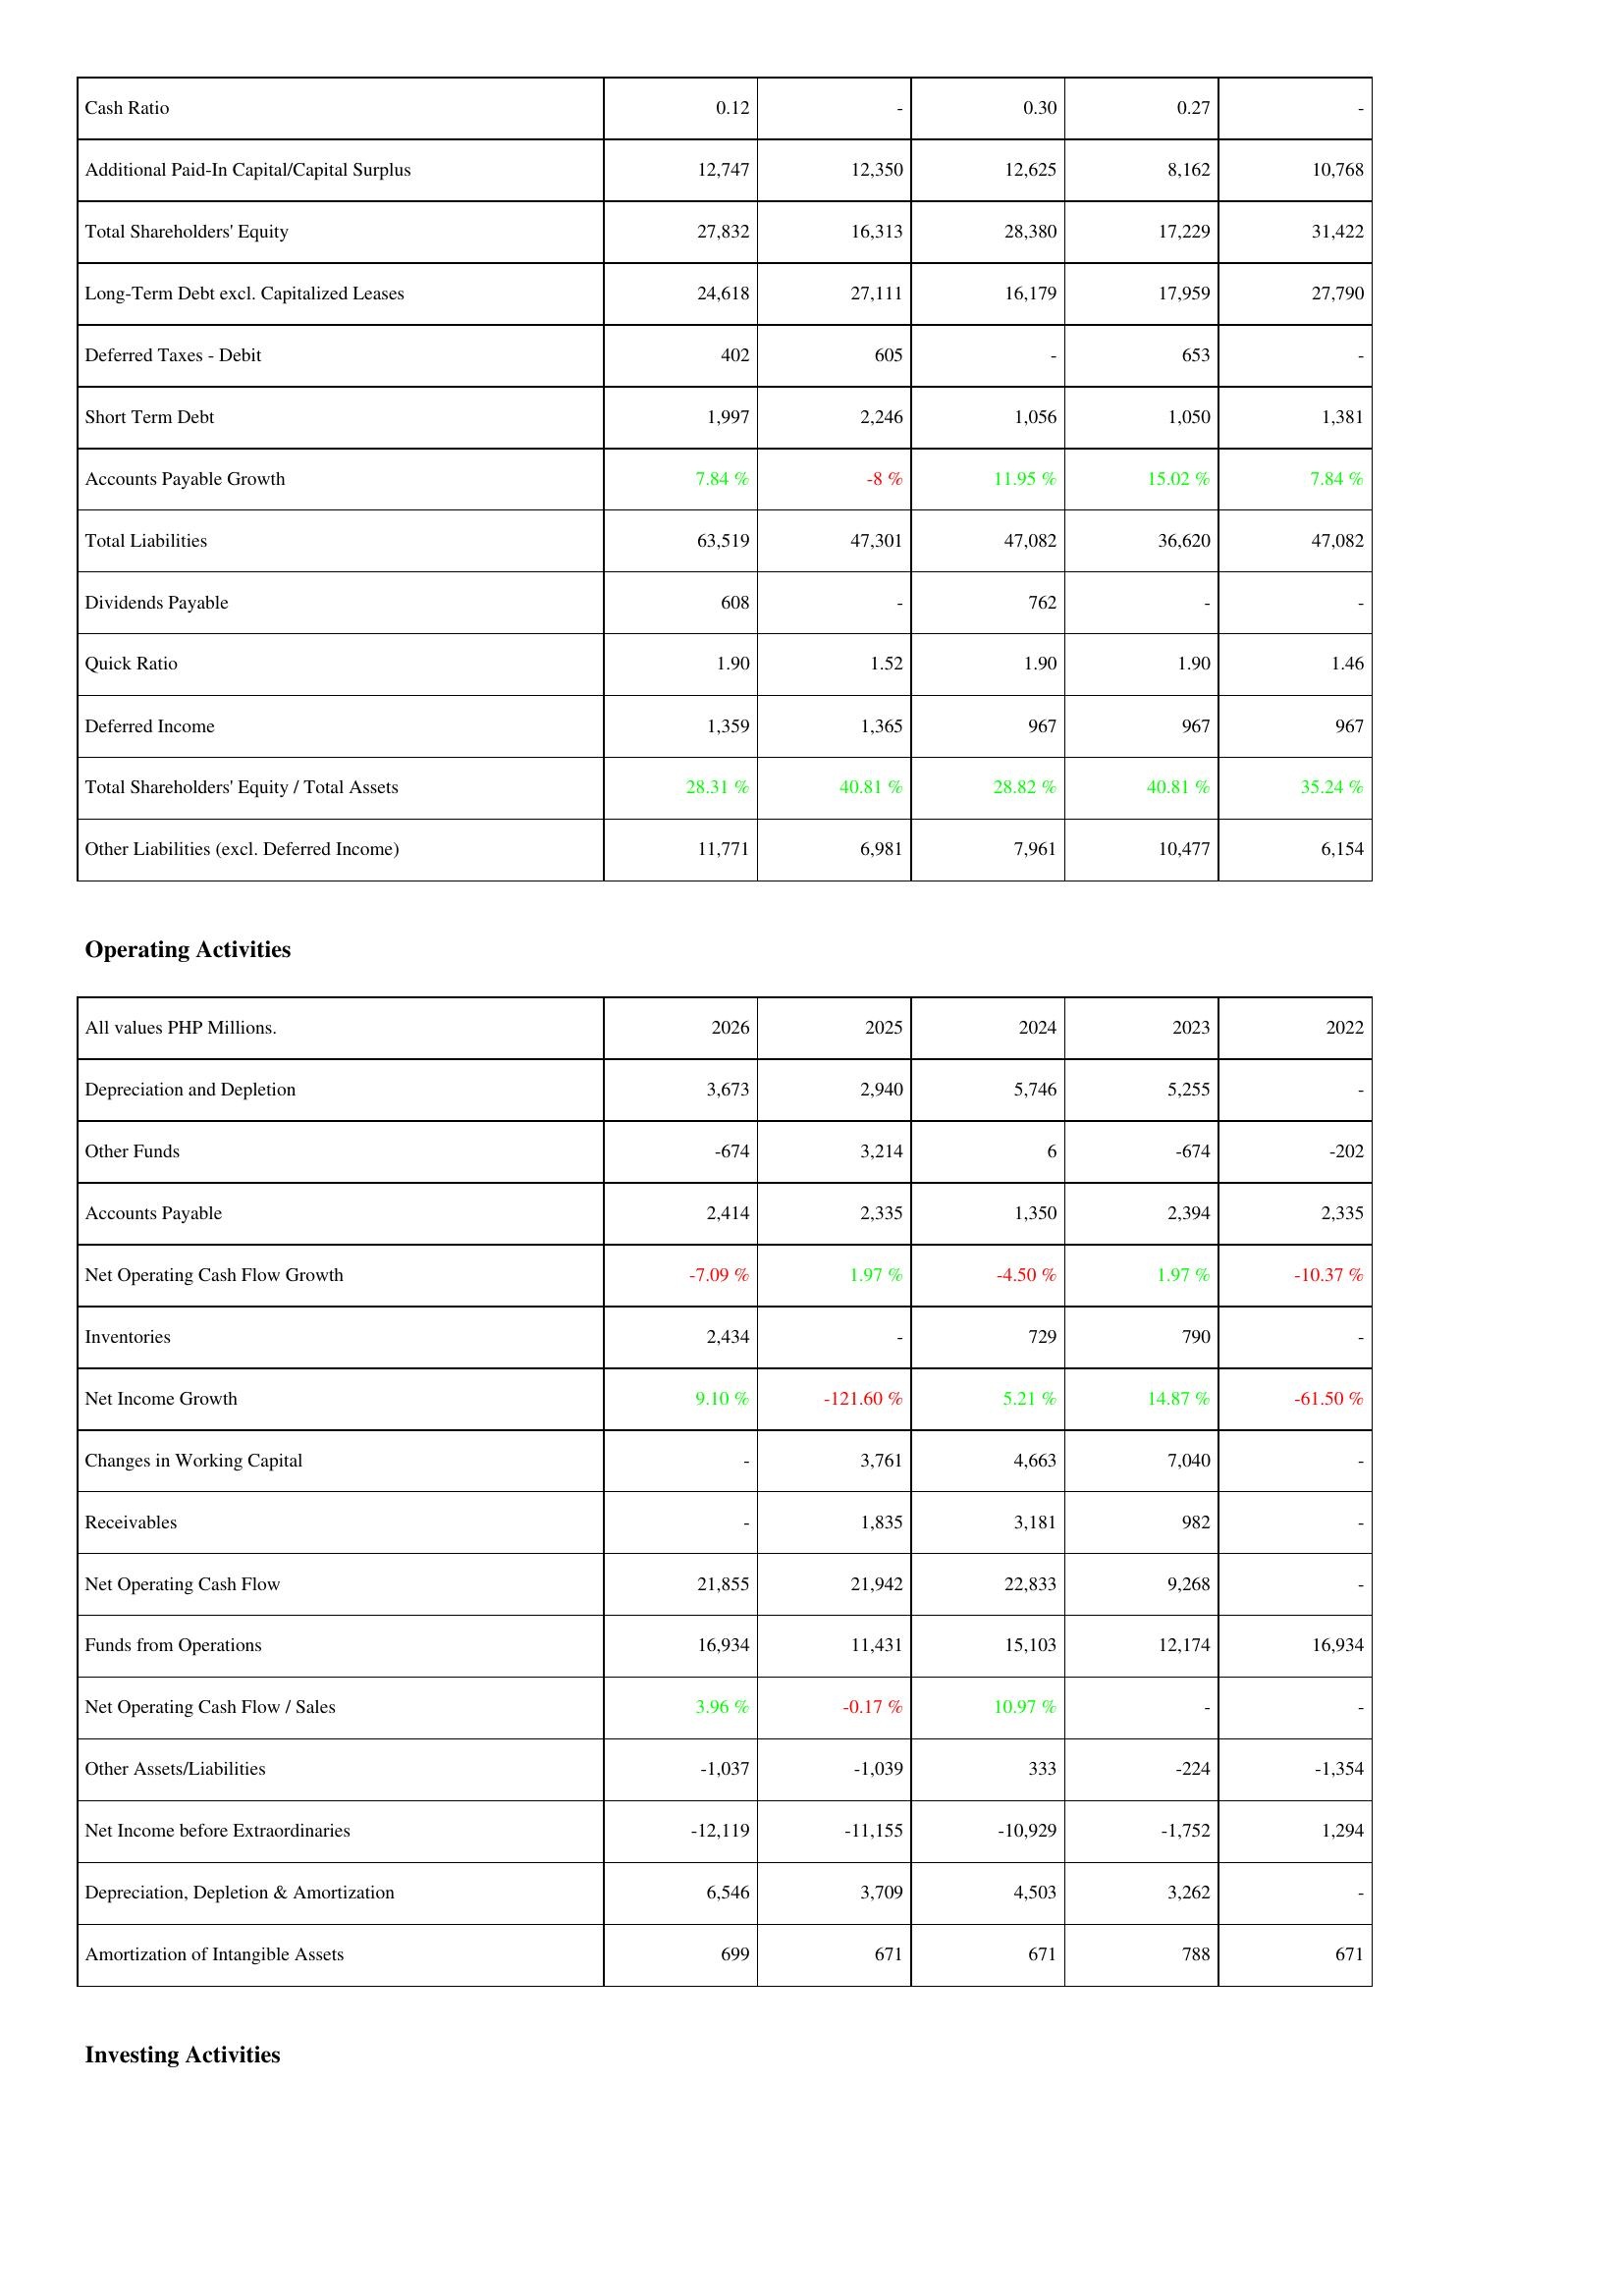
2026: Liabilities & Shareholders' Equity: Cash Ratio: 0.12
Additional Paid-In Capital/Capital Surplus: 12,747
Total Shareholders' Equity: 27,832
Long-Term Debt excl. Capitalized Leases: 24,618
Deferred Taxes - Debit: 402
Short Term Debt: 1,997
Accounts Payable Growth: 7.84 %
Total Liabilities: 63,519
Dividends Payable: 608
Quick Ratio: 1.90
Deferred Income: 1,359
Total Shareholders' Equity / Total Assets: 28.31 %
Other Liabilities (excl. Deferred Income): 11,771
Operating Activities: Depreciation and Depletion: 3,673
Other Funds: -674
Accounts Payable: 2,414
Net Operating Cash Flow Growth: -7.09 %
Inventories: 2,434
Net Income Growth: 9.10 %
Changes in Working Capital: -
Receivables: -
Net Operating Cash Flow: 21,855
Funds from Operations: 16,934
Net Operating Cash Flow / Sales: 3.96 %
Other Assets/Liabilities: -1,037
Net Income before Extraordinaries: -12,119
Depreciation, Depletion & Amortization: 6,546
Amortization of Intangible Assets: 699
2025: Liabilities & Shareholders' Equity: Cash Ratio: -
Additional Paid-In Capital/Capital Surplus: 12,350
Total Shareholders' Equity: 16,313
Long-Term Debt excl. Capitalized Leases: 27,111
Deferred Taxes - Debit: 605
Short Term Debt: 2,246
Accounts Payable Growth: -8 %
Total Liabilities: 47,301
Dividends Payable: -
Quick Ratio: 1.52
Deferred Income: 1,365
Total Shareholders' Equity / Total Assets: 40.81 %
Other Liabilities (excl. Deferred Income): 6,981
Operating Activities: Depreciation and Depletion: 2,940
Other Funds: 3,214
Accounts Payable: 2,335
Net Operating Cash Flow Growth: 1.97 %
Inventories: -
Net Income Growth: -121.60 %
Changes in Working Capital: 3,761
Receivables: 1,835
Net Operating Cash Flow: 21,942
Funds from Operations: 11,431
Net Operating Cash Flow / Sales: -0.17 %
Other Assets/Liabilities: -1,039
Net Income before Extraordinaries: -11,155
Depreciation, Depletion & Amortization: 3,709
Amortization of Intangible Assets: 671
2024: Liabilities & Shareholders' Equity: Cash Ratio: 0.30
Additional Paid-In Capital/Capital Surplus: 12,625
Total Shareholders' Equity: 28,380
Long-Term Debt excl. Capitalized Leases: 16,179
Deferred Taxes - Debit: -
Short Term Debt: 1,056
Accounts Payable Growth: 11.95 %
Total Liabilities: 47,082
Dividends Payable: 762
Quick Ratio: 1.90
Deferred Income: 967
Total Shareholders' Equity / Total Assets: 28.82 %
Other Liabilities (excl. Deferred Income): 7,961
Operating Activities: Depreciation and Depletion: 5,746
Other Funds: 6
Accounts Payable: 1,350
Net Operating Cash Flow Growth: -4.50 %
Inventories: 729
Net Income Growth: 5.21 %
Changes in Working Capital: 4,663
Receivables: 3,181
Net Operating Cash Flow: 22,833
Funds from Operations: 15,103
Net Operating Cash Flow / Sales: 10.97 %
Other Assets/Liabilities: 333
Net Income before Extraordinaries: -10,929
Depreciation, Depletion & Amortization: 4,503
Amortization of Intangible Assets: 671
2023: Liabilities & Shareholders' Equity: Cash Ratio: 0.27
Additional Paid-In Capital/Capital Surplus: 8,162
Total Shareholders' Equity: 17,229
Long-Term Debt excl. Capitalized Leases: 17,959
Deferred Taxes - Debit: 653
Short Term Debt: 1,050
Accounts Payable Growth: 15.02 %
Total Liabilities: 36,620
Dividends Payable: -
Quick Ratio: 1.90
Deferred Income: 967
Total Shareholders' Equity / Total Assets: 40.81 %
Other Liabilities (excl. Deferred Income): 10,477
Operating Activities: Depreciation and Depletion: 5,255
Other Funds: -674
Accounts Payable: 2,394
Net Operating Cash Flow Growth: 1.97 %
Inventories: 790
Net Income Growth: 14.87 %
Changes in Working Capital: 7,040
Receivables: 982
Net Operating Cash Flow: 9,268
Funds from Operations: 12,174
Net Operating Cash Flow / Sales: -
Other Assets/Liabilities: -224
Net Income before Extraordinaries: -1,752
Depreciation, Depletion & Amortization: 3,262
Amortization of Intangible Assets: 788
2022: Liabilities & Shareholders' Equity: Cash Ratio: -
Additional Paid-In Capital/Capital Surplus: 10,768
Total Shareholders' Equity: 31,422
Long-Term Debt excl. Capitalized Leases: 27,790
Deferred Taxes - Debit: -
Short Term Debt: 1,381
Accounts Payable Growth: 7.84 %
Total Liabilities: 47,082
Dividends Payable: -
Quick Ratio: 1.46
Deferred Income: 967
Total Shareholders' Equity / Total Assets: 35.24 %
Other Liabilities (excl. Deferred Income): 6,154
Operating Activities: Depreciation and Depletion: -
Other Funds: -202
Accounts Payable: 2,335
Net Operating Cash Flow Growth: -10.37 %
Inventories: -
Net Income Growth: -61.50 %
Changes in Working Capital: -
Receivables: -
Net Operating Cash Flow: -
Funds from Operations: 16,934
Net Operating Cash Flow / Sales: -
Other Assets/Liabilities: -1,354
Net Income before Extraordinaries: 1,294
Depreciation, Depletion & Amortization: -
Amortization of Intangible Assets: 671